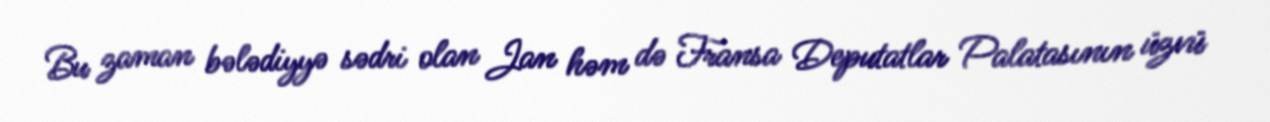
Bu zaman bələdiyyə sədri olan Jan həm də Fransa Deputatlar Palatasının üzvü